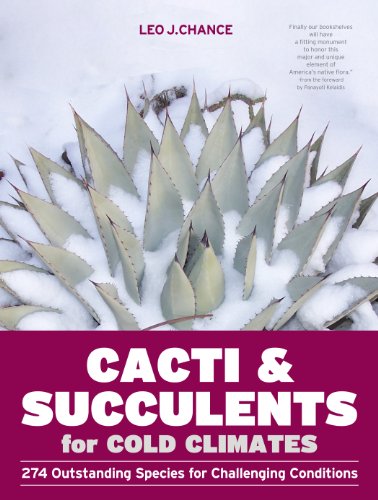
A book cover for Cacti and Succulents for Cold Climates: 274 Outstanding Species for Challenging Conditions; Leo J. Chance; Crafts, Hobbies & Home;